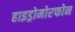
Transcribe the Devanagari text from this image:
हाइड्रोमोरफोन